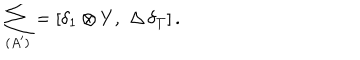
LaTeX: \sum _ { ( A ^ { \prime } ) } = [ \delta _ { 1 } \otimes Y , \, \, \Delta \, \delta _ { T } ] \, .